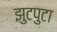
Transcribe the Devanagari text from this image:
झुटपुटा